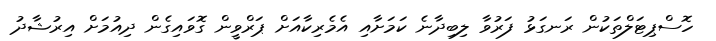
ހޮސްޕިޓަލްތަކުން ރަނގަޅު ފަރުވާ ލިބިދާނެ ކަމަށާއި އެމެރިކާއަށް ޕަރްވީން ގޮވައިގެން ދިއުމަށް އިރުޝާދު